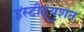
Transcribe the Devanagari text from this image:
इंस्टीट्युशन